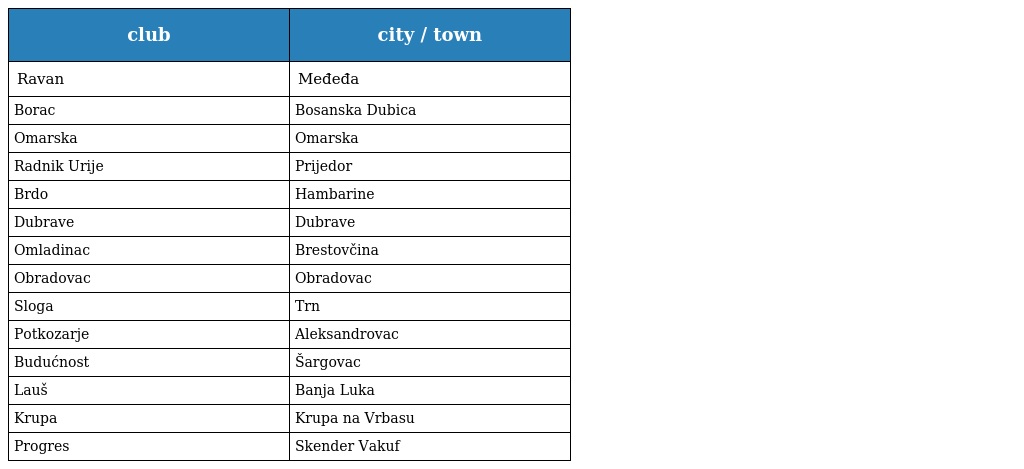
| club | city / town |
 | --- | --- |
 | Ravan | Međeđa |
 | Borac | Bosanska Dubica |
 | Omarska | Omarska |
 | Radnik Urije | Prijedor |
 | Brdo | Hambarine |
 | Dubrave | Dubrave |
 | Omladinac | Brestovčina |
 | Obradovac | Obradovac |
 | Sloga | Trn |
 | Potkozarje | Aleksandrovac |
 | Budućnost | Šargovac |
 | Lauš | Banja Luka |
 | Krupa | Krupa na Vrbasu |
 | Progres | Skender Vakuf |